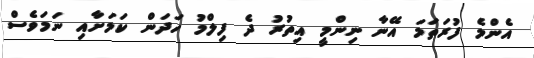
އެންމެ ފުރަތަމަ އޭނާ ނިންމީ އިތުރު ދެ ފިލްމު ހަދަން ކަމަށާއި ނަމަވެސް